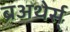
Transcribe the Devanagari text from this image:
ब्रअथेर्स्